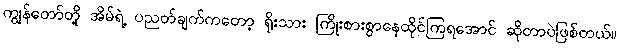
ကျွန်တော်တို့ အိမ်ရဲ့ ပညတ်ချက်ကတော့ ရိုးသား ကြိုးစားစွာနေထိုင်ကြရအောင် ဆိုတာပဲဖြစ်တယ်။